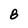
Character: 8